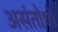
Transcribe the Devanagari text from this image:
असंतोषों